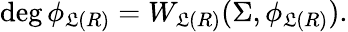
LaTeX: \deg\phi_{\mathfrak{L}(R)}=W_{\mathfrak{L}(R)}(\Sigma,\phi_{\mathfrak{L}(R)}).